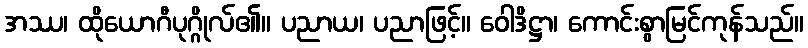
အဿ၊ ထိုယောဂီပုဂ္ဂိုလ်၏။ ပညာယ၊ ပညာဖြင့်။ ဝေါဒိဋ္ဌာ၊ ကောင်းစွာမြင်ကုန်သည်။